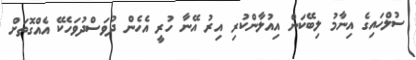
ސުލްހައިގެ އިނާމު ލިބޭކަން އިއުލާންކުރި އިރު އޭނާ ހުރީ އެހެން ދުވަސްދުވަހެކޭ އެއްގޮތަށް